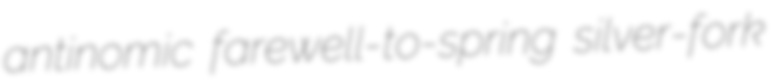
antinomic farewell-to-spring silver-fork